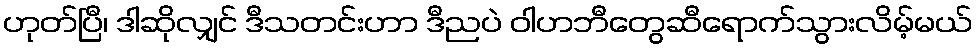
ဟုတ်ပြီ၊ ဒါဆိုလျှင် ဒီသတင်းဟာ ဒီညပဲ ဝါဟဘီတွေဆီရောက်သွားလိမ့်မယ်